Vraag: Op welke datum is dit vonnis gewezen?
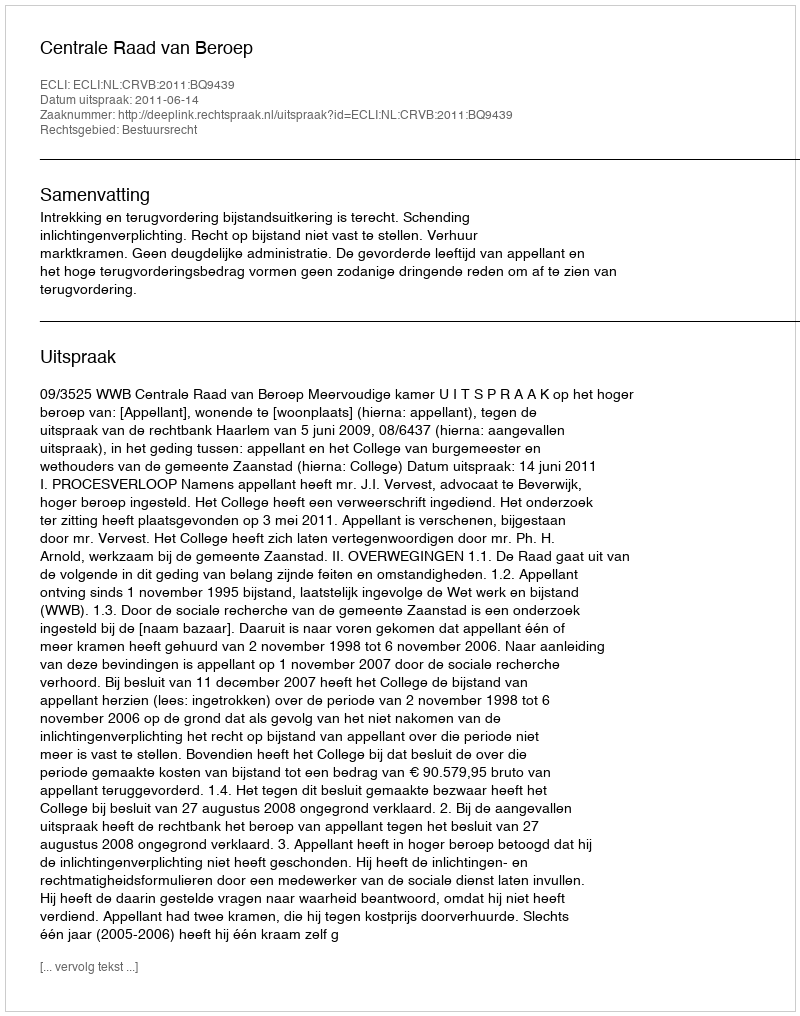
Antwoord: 2011-06-14